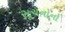
સૂચનોનો